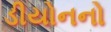
ડીયોનનો